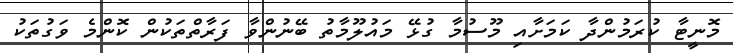
މޮނީޓާ ކުރަމުންދާ ކަމަށާއި މޫސުމާ ގުޅޭ މައުލޫމާތު ބޭނުންވާ ފަރާތްތަކުން ކޮންމެ ވަގުތަކު